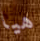
هيا